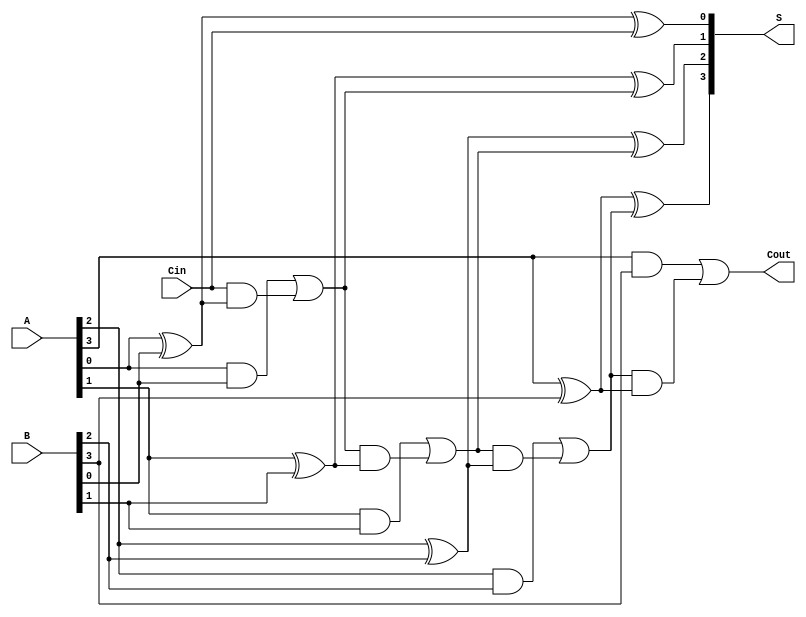
module han_carlson_adder #(parameter N = 4) (
    input  wire [N-1:0] A,     // First n-bit input
    input  wire [N-1:0] B,     // Second n-bit input
    input  wire Cin,            // Carry-in
    output wire [N-1:0] S,      // n-bit sum output
    output wire Cout            // Carry-out
);

    wire [N:0] C;              // Carry bits (C[0] is Cin)

    // Assign the carry-in to the first carry output
    assign C[0] = Cin;

    // Generate sum and carry for each bit
    genvar i;
    generate
        for (i = 0; i < N; i = i + 1) begin : adder_stage
            // Sum calculation
            assign S[i] = A[i] ^ B[i] ^ C[i]; // S[i] = A[i] XOR B[i] XOR C[i-1]
            
            // Carry generation
            assign C[i+1] = (A[i] & B[i]) | (C[i] & (A[i] ^ B[i])); // C[i] = (A[i] AND B[i]) OR (C[i-1] AND (A[i] XOR B[i]))
        end
    endgenerate

    // Output the final carry-out
    assign Cout = C[N];

endmodule